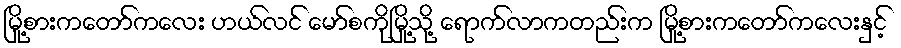
မြို့စားကတော်ကလေး ဟယ်လင် မော်စကိုမြို့သို့ ရောက်လာကတည်းက မြို့စားကတော်ကလေးနှင့်